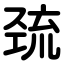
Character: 巯